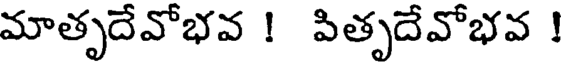
మాతృదేవోభవ ! పితృదేవోభవ !